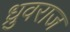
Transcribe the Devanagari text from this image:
ध्रुवराज